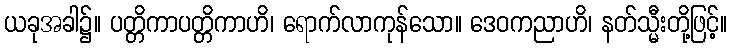
ယခုအခါ၌။ ပတ္တိကာပတ္တိကာဟိ၊ ရောက်လာကုန်သော။ ဒေဝကညာဟိ၊ နတ်သ္မီးတို့ဖြင့်။